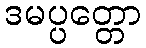
ဒမပ္ပတ္တော